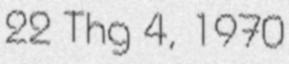
22 Thg 4, 1970